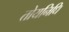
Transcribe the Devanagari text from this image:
तोयनिधि